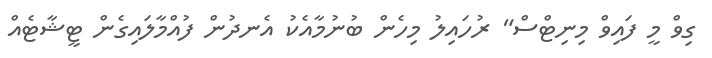
ގިވް މީ ފައިވް މިނިޓްސް" ރުހައިލު މިހެން ބުނުމާއެކު އެނދުން ފުއްމާލައިގެން ޓީޝާޓެއް